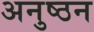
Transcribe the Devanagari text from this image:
अनुष्ठन